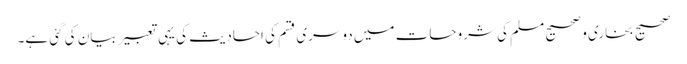
صحیح بخاری و صحیح مسلم کی شروحات میں دوسری قسم کی احادیث کی یہی تعبیر بیان کی گئی ہے۔